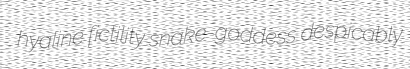
hyaline fictility snake-goddess despicably